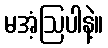
မအံ့ဩပါနဲ့။